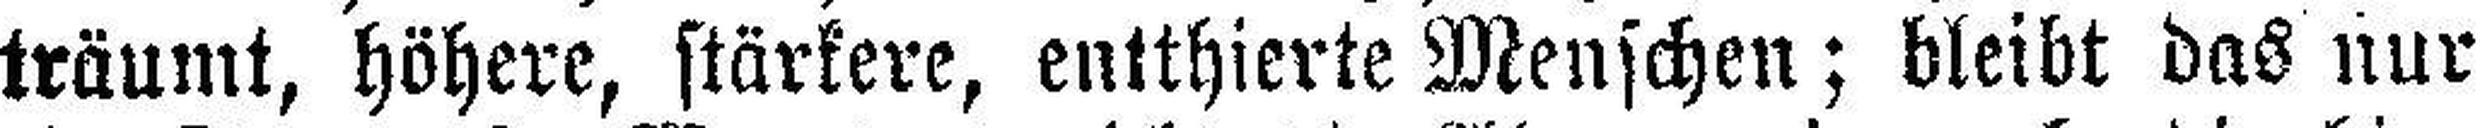
träumt, höhere, stärkere, entthierte Menschen; bleibt das nur